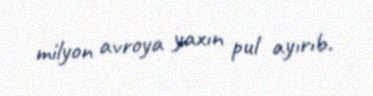
milyon avroya yaxın pul ayırıb.